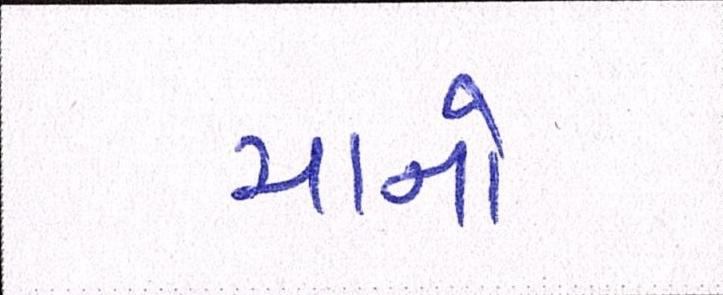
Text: ચાનો